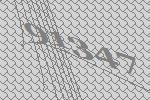
91347